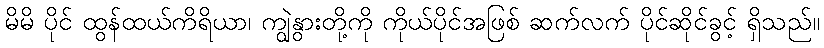
မိမိ ပိုင် ထွန်ထယ်ကိရိယာ၊ ကျွဲနွားတို့ကို ကိုယ်ပိုင်အဖြစ် ဆက်လက် ပိုင်ဆိုင်ခွင့် ရှိသည်။